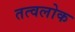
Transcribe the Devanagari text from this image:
तत्वलोक